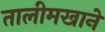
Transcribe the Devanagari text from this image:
तालीमखाने